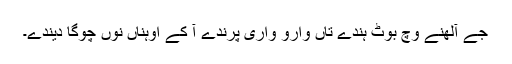
جے آلھنے وچ بوٹ ہُندے تاں وارو واری پرندے آ کے اوہناں نوں چوگا دیندے۔